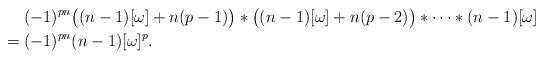
LaTeX: \begin{align*} &\phantom{=}\;\;(-1)^{pn}\big((n-1)[\omega]+n(p-1)\big)*\big((n-1)[\omega]+n(p-2)\big)*\cdots*(n-1)[\omega]\\ &= (-1)^{pn}(n-1)[\omega]^p.\end{align*}